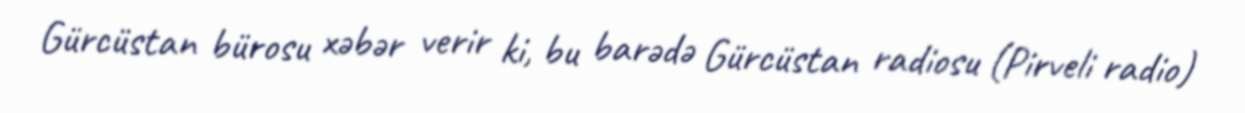
Gürcüstan bürosu xəbər verir ki, bu barədə Gürcüstan radiosu (Pirveli radio)